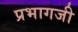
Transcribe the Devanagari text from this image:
प्रभागजी